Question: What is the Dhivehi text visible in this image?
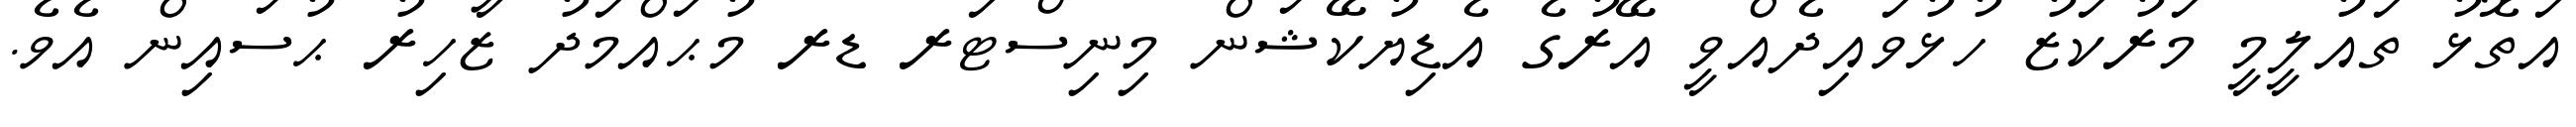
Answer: އަތޮޅު ތައުލީމީ މަރުކަޒު ހުޅުވައިދެއްވީ އޭރުގެ އެޑިޔުކޭޝަން މިނިސްޓަރ ޑރ މުޙައްމަދު ޒާހިރު ޙުސައިން އެވެ.